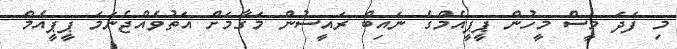
މި ފަދަ މީސް މީހުން ޕީޕީއެމްގެ ނައިބް ރައީސުން މަގާމަށް އަތުވެއްޖެނަމަ ޕީޕީއެމް